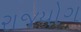
રાજયોગ